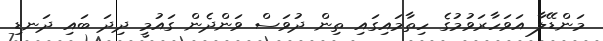
މަންޑޭލާ އަވަހާރަވުމުގެ ހިތާމައިގައި ތިން ދުވަސް ވަންދެން ގައުމީ ދިދަ ބައި ދަނޑި